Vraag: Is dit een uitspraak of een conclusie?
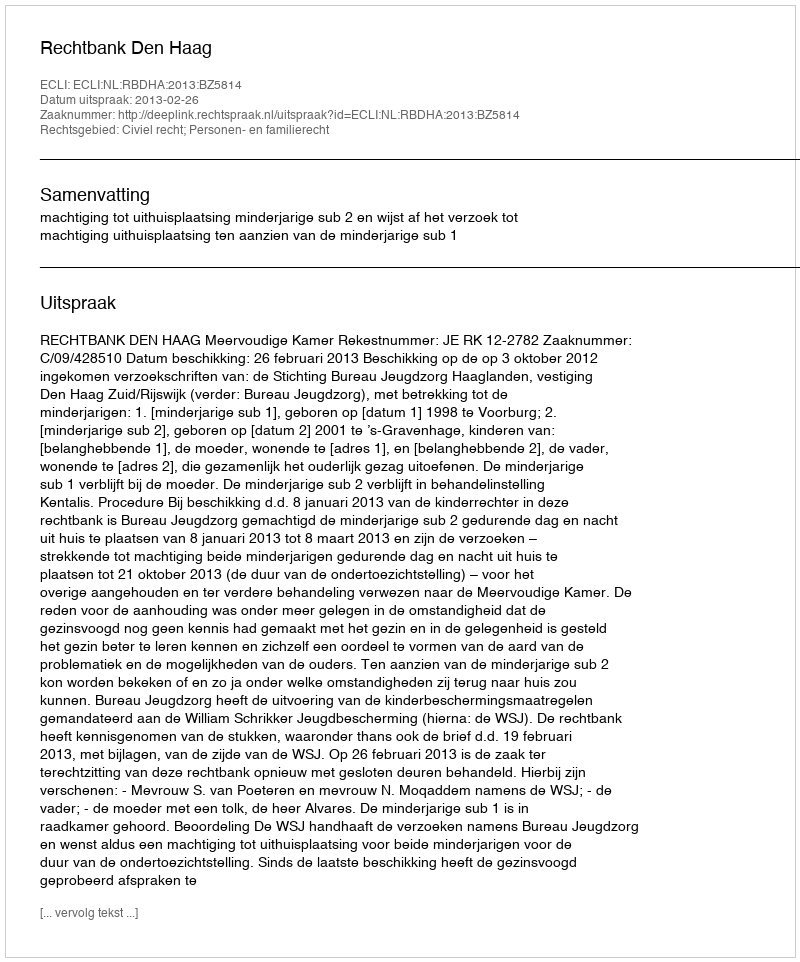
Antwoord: Uitspraak